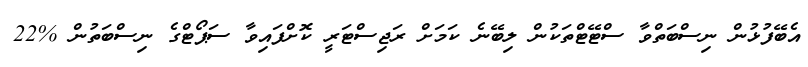
އެބޭފުޅުން ނިސްބަތްވާ ސްޓޭޓްތަކުން ލިބޭނެ ކަމަށް ރަޖިސްޓަރީ ކޮށްފައިވާ ސަޕޯޓްގެ ނިސްބަތުން %22